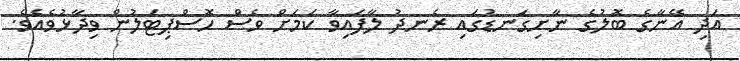
އަދި އޭނާގެ ބޮލުގެ ނާށިގަނޑުގައި ރެނދު ލާފައިވާ ކަމަށް ވެސް ހޮސްޕިޓަލުން ވިދާޅުވެއެވެ.